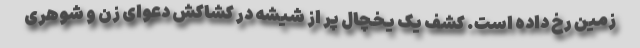
زمین رخ داده است. کشف یک یخچال پر از شیشه در کشاکش دعوای زن و شوهری